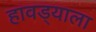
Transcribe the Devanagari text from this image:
हावड्याला